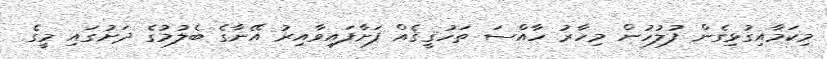
މިކަމާއިގުޅިގެން ފުލުހުން މިހާރު ހާއްސަ ތަހުޤީޤެއް ފަށާފައިވާއިރު އޭނާގެ ބެލުމުގެ ދަށުގައި މީގެ